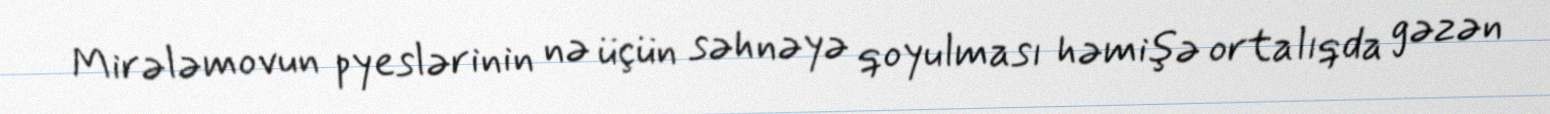
Mirələmovun pyeslərinin nə üçün səhnəyə qoyulması həmişə ortalıqda gəzən